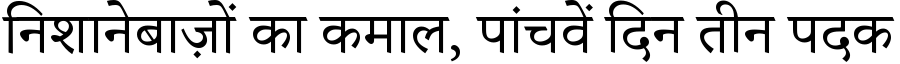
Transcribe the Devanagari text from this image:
निशानेबाज़ों का कमाल, पांचवें दिन तीन पदक